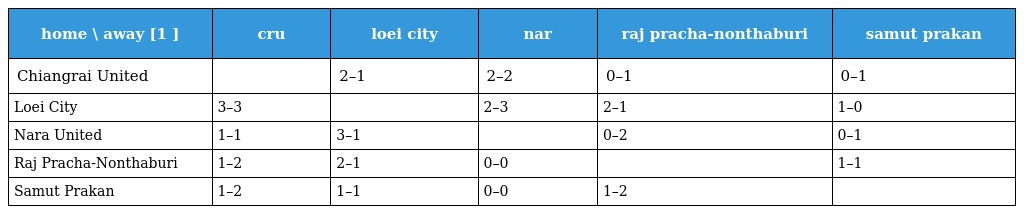
| home \ away [1 ] | cru | loei city | nar | raj pracha-nonthaburi | samut prakan |
 | --- | --- | --- | --- | --- | --- |
 | Chiangrai United |  | 2–1 | 2–2 | 0–1 | 0–1 |
 | Loei City | 3–3 |  | 2–3 | 2–1 | 1–0 |
 | Nara United | 1–1 | 3–1 |  | 0–2 | 0–1 |
 | Raj Pracha-Nonthaburi | 1–2 | 2–1 | 0–0 |  | 1–1 |
 | Samut Prakan | 1–2 | 1–1 | 0–0 | 1–2 |  |